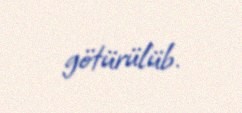
götürülüb.